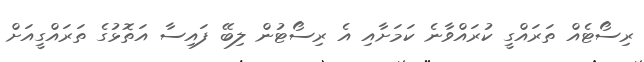
ރިސޯޓެއް ތަރައްގީ ކުރައްވާނެ ކަމަށާއި އެ ރިސޯޓުން ލިބޭ ފައިސާ އަތޮޅުގެ ތަރައްގީއަށް